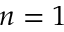
n = 1